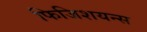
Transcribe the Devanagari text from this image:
फिजिशयन्स